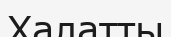
Халатты